Scottish Leaving Certificate Examination, 1960
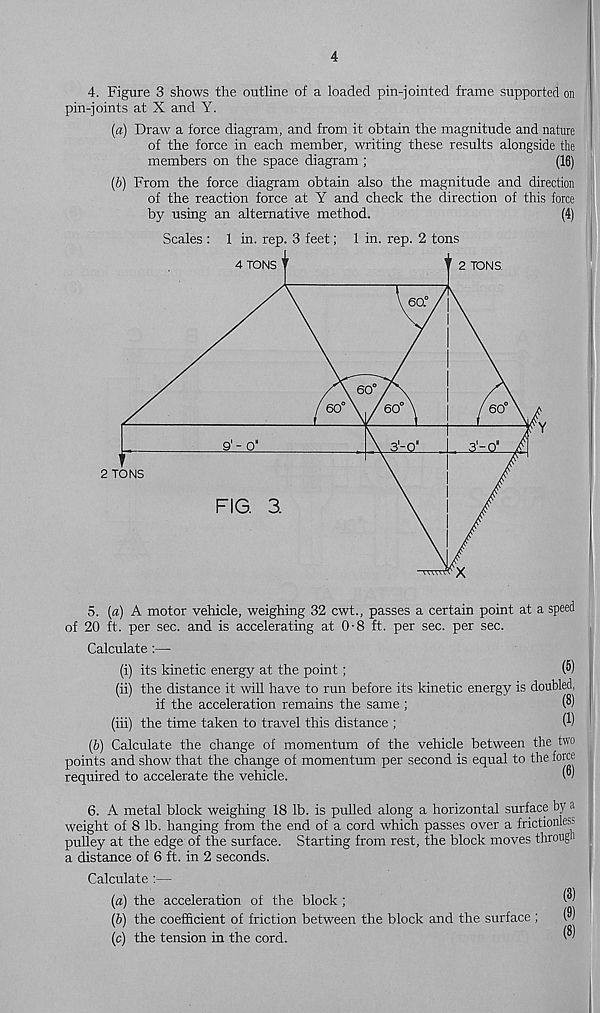
4
4. Figure 3 shows the outline of a loaded pin-jointed frame supported on
pin-joints at X and Y.
(a) Draw a force diagram, and from it obtain the magnitude and nature
of the force in each member, writing these results alongside the
members on the space diagram ;
(16)
(b) From the force diagram obtain also the magnitude and direction
of the reaction force at Y and check the direction of this force
by using an alternative method.
(4)
Scales : 1 in. rep. 3 feet; 1 in. rep. 2 tons
5. {a) A motor vehicle, weighing 32 cwt., passes a certain point at a speed
of 20 ft. per sec. and is accelerating at 0-8 ft. per sec. per sec.
Calculate :—
(i) its kinetic energy at the point;
(5)
(ii) the distance it will have to run before its kinetic energy is doubled,
if the acceleration remains the same ;
(8)
(iii) the time taken to travel this distance ;
W
(b) Calculate the change of momentum of the vehicle between the two
points and show that the change of momentum per second is equal to the force
required to accelerate the vehicle.
W
6. A metal block weighing 18 lb. is pulled along a horizontal surface by a
weight of 8 lb. hanging from the end of a cord which passes over a frictionless
pulley at the edge of the surface. Starting from rest, the block moves through
a distance of 6 ft. in 2 seconds.
Calculate :—
(a) the acceleration of the block ;
®
(b) the coefficient of friction between the block and the surface ;
(®)
(c) the tension in the cord.